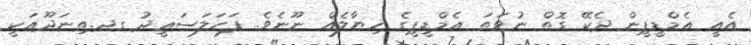
އެއީ އެމްޑީޕީން ދެކޭ ގޮތް ނުވަތަ އެމްޑީޕީގެ ޚިޔާލެއް ނޫނެވެ. ފަހަލަސަޢީދު ގދ.ތިނަދޫއަކީ